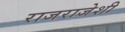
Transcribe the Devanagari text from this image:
राजराजेशी